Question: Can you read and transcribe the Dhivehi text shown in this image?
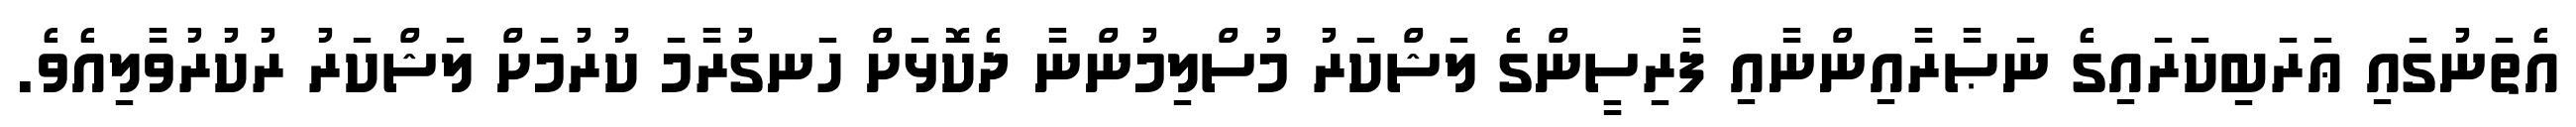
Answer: އެތަނުގައި ޢަރަބިކަރައިގެ ނަޞާރާއިންނާއި ފާރިސީންގެ ލަޝްކަރު މުސްލިމުންނާ ދެކޮޅަށް ހަނގުރާމަ ކުރުމަށް ލަޝްކަރު ރުކުރުވާލިއެވެ.